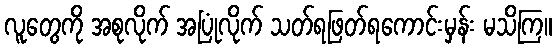
လူတွေကို အစုလိုက် အပြုံလိုက် သတ်ရဖြတ်ရကောင်းမှန်း မသိကြ။